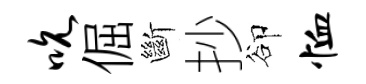
吮倔斷抄卻恤